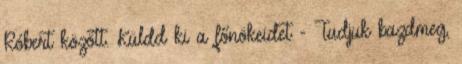
Róbert között. Küldd ki a főnökeidet - Tudjuk bazdmeg,